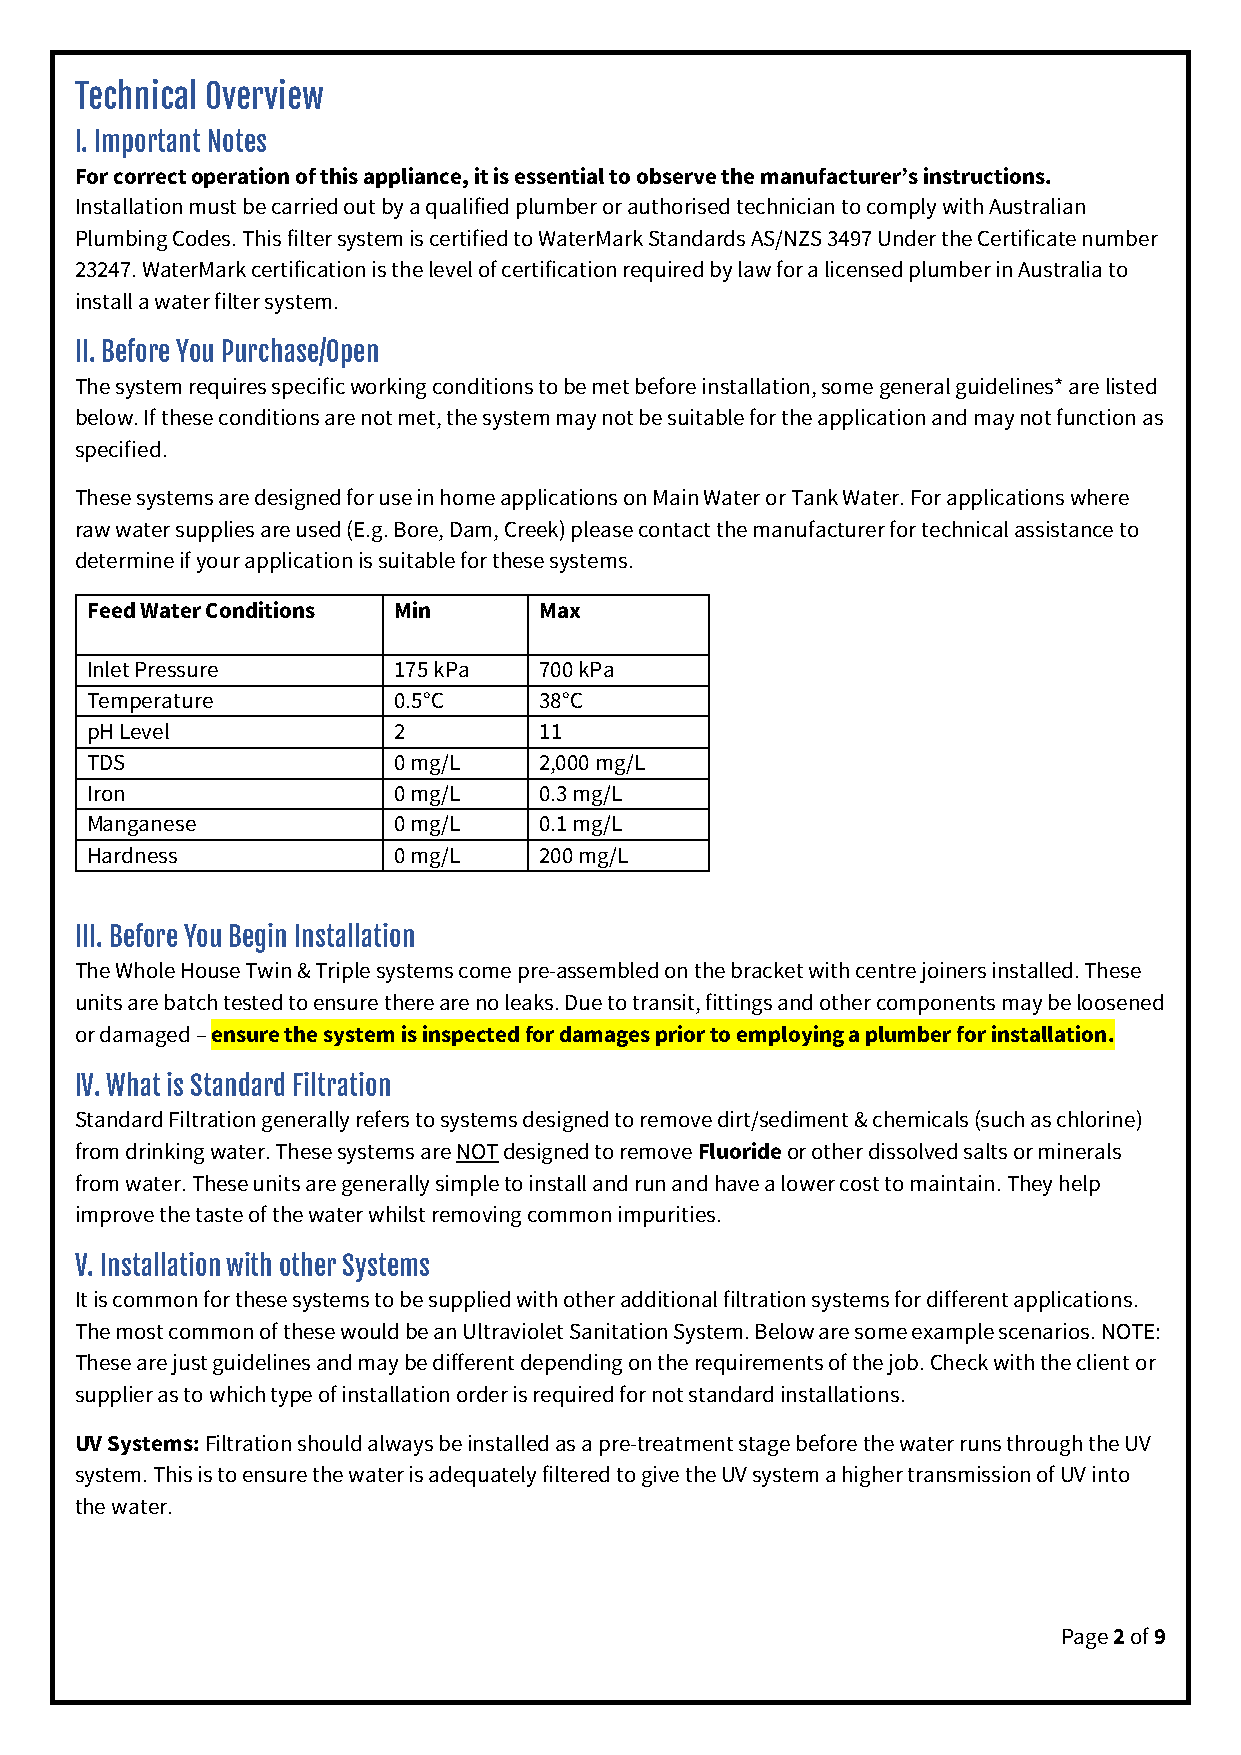
Technical Overview
 I. Important Notes
 For correct operation of this appliance, it is essential to observe the manufacturer’s instructions.
 Installation must be carried out by a qualified plumber or authorised technician to comply with Australian
 Plumbing Codes. This filter system is certified to WaterMark Standards AS/NZS 3497 Under the Certificate number
 23247. WaterMark certification is the level of certification required by law for a licensed plumber in Australia to
 install a water filter system.
 II. Before You Purchase/Open
 The system requires specific working conditions to be met before installation, some general guidelines* are listed
 below. If these conditions are not met, the system may not be suitable for the application and may not function as
 specified.
 These systems are designed for use in home applications on Main Water or Tank Water. For applications where
 raw water supplies are used (E.g. Bore, Dam, Creek) please contact the manufacturer for technical assistance to
 determine if your application is suitable for these systems.
 Feed Water Conditions Min     Max
 Inlet Pressure      175 kPa   700 kPa
 Temperature         0.5°C     38°C
 pH Level            2         11
 TDS                 0 mg/L    2,000 mg/L
 Iron                0 mg/L    0.3 mg/L
 Manganese           0 mg/L    0.1 mg/L
 Hardness            0 mg/L    200 mg/L
 III. Before You Begin Installation
 The Whole House Twin & Triple systems come pre-assembled on the bracket with centre joiners installed. These
 units are batch tested to ensure there are no leaks. Due to transit, fittings and other components may be loosened
 or damaged – ensure the system is inspected for damages prior to employing a plumber for installation.
 IV. What is Standard Filtration
 Standard Filtration generally refers to systems designed to remove dirt/sediment & chemicals (such as chlorine)
 from drinking water. These systems are NOT designed to remove Fluoride or other dissolved salts or minerals
 from water. These units are generally simple to install and run and have a lower cost to maintain. They help
 improve the taste of the water whilst removing common impurities.
 V. Installation with other Systems
 It is common for these systems to be supplied with other additional filtration systems for different applications.
 The most common of these would be an Ultraviolet Sanitation System. Below are some example scenarios. NOTE:
 These are just guidelines and may be different depending on the requirements of the job. Check with the client or
 supplier as to which type of installation order is required for not standard installations.
 UV Systems: Filtration should always be installed as a pre-treatment stage before the water runs through the UV
 system. This is to ensure the water is adequately filtered to give the UV system a higher transmission of UV into
 the water.
 Page 2 of 9